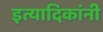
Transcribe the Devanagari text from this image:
इत्यादिकांनी